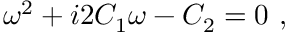
\omega ^ { 2 } + i 2 C _ { 1 } \omega - C _ { 2 } = 0 \ ,